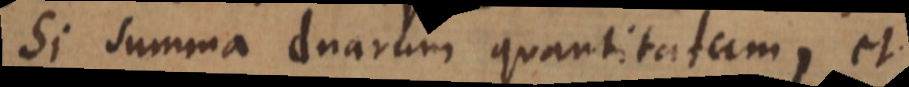
Si summa duarum quantitatum, et